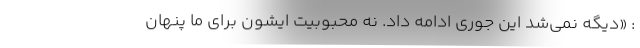
: «دیگه نمی‌شد این جوری ادامه داد. نه محبوبیت ایشون برای ما پنهان